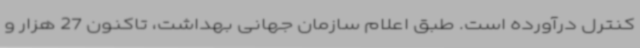
کنترل درآورده است. طبق اعلام سازمان جهانی بهداشت، تاکنون 27 هزار و